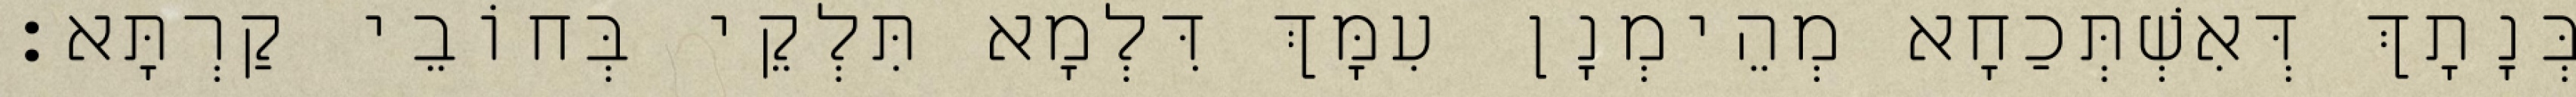
בְּנָתָךְ דְּאִשְׁתְּכַחָא מְהֵימְנָן עִמָּךְ דִּלְמָא תִּלְקֵי בְּחוֹבֵי קַרְתָּא׃